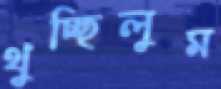
থুচ্ছিলুম